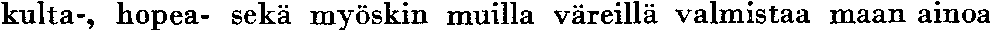
kulta-, hopea- sekä myöskin muilla väreillä valmistaa maan ainoa